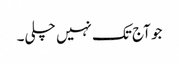
جو آج تک نہیں چلی۔